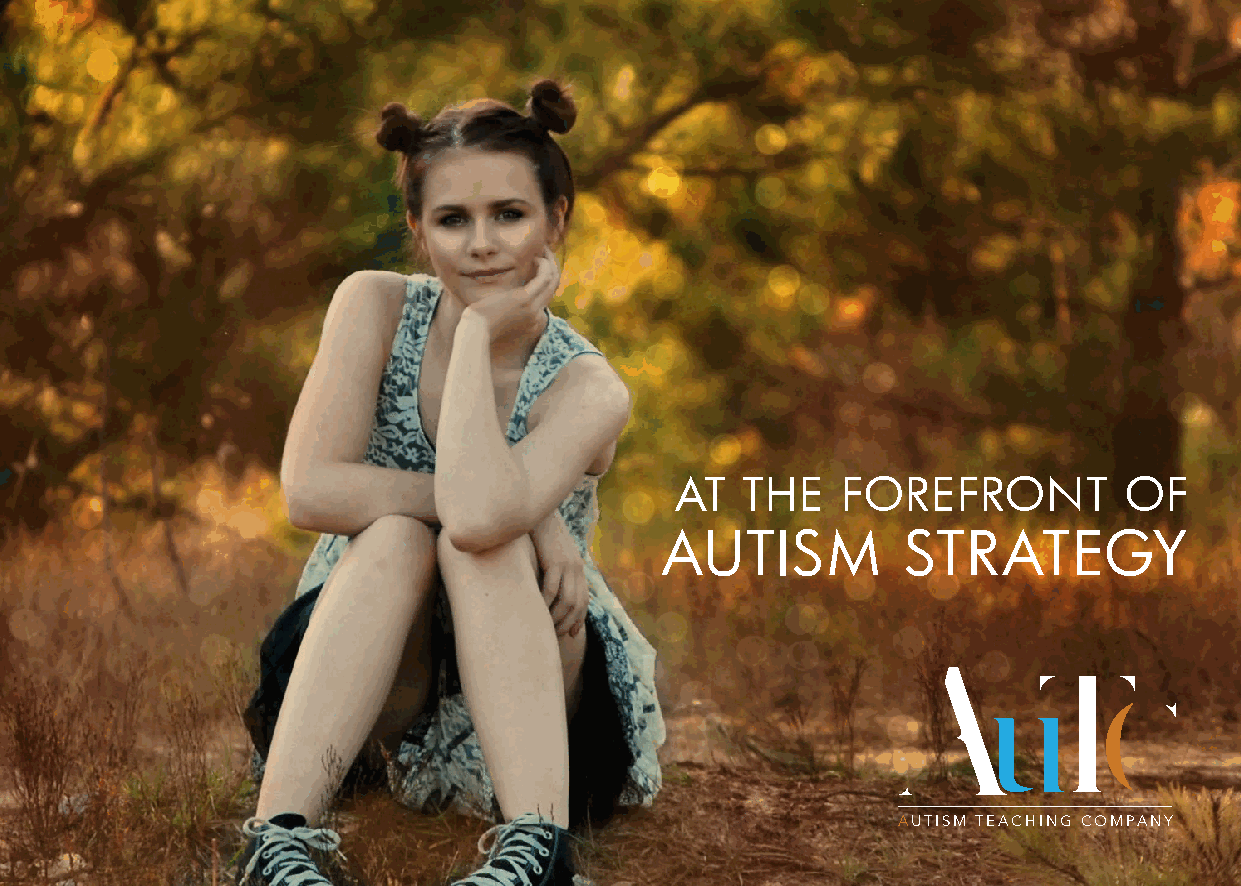
AT  THE    FOREFRONT         OF
 AUTISM          STRATEGY
 AUTISM TEACHING COMPANY